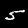
Label: 5